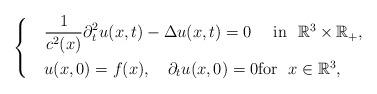
LaTeX: \begin{align*}\begin{cases}& \displaystyle{\frac{1}{c^2(x)}\partial_t^2 u(x, t)-\Delta u(x, t)=0 \quad\ \mbox{in\ \ $\mathbb{R}^3\times \mathbb{R}_+,$}}\smallskip \\& u(x,0)=f(x),\ \ \ \partial_t u(x,0)=0\mbox{for \ $x\in\mathbb{R}^3$},\end{cases}\end{align*}